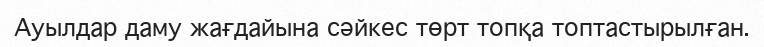
Ауылдар даму жағдайына сәйкес төрт топқа топтастырылған.